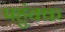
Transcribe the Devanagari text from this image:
पहुंक्क